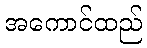
အကောင်ထည်